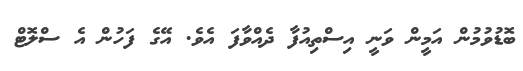
ބޮޑުވުމުން އަމީން ވަނީ އިސްތިއުފާ ދެއްވާފަ އެވެ. އޭގެ ފަހުން އެ ސްލޮޓް